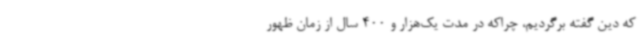
که دین گفته برگردیم، چراکه در مدت یک‌هزار و 400 سال از زمان ظهور